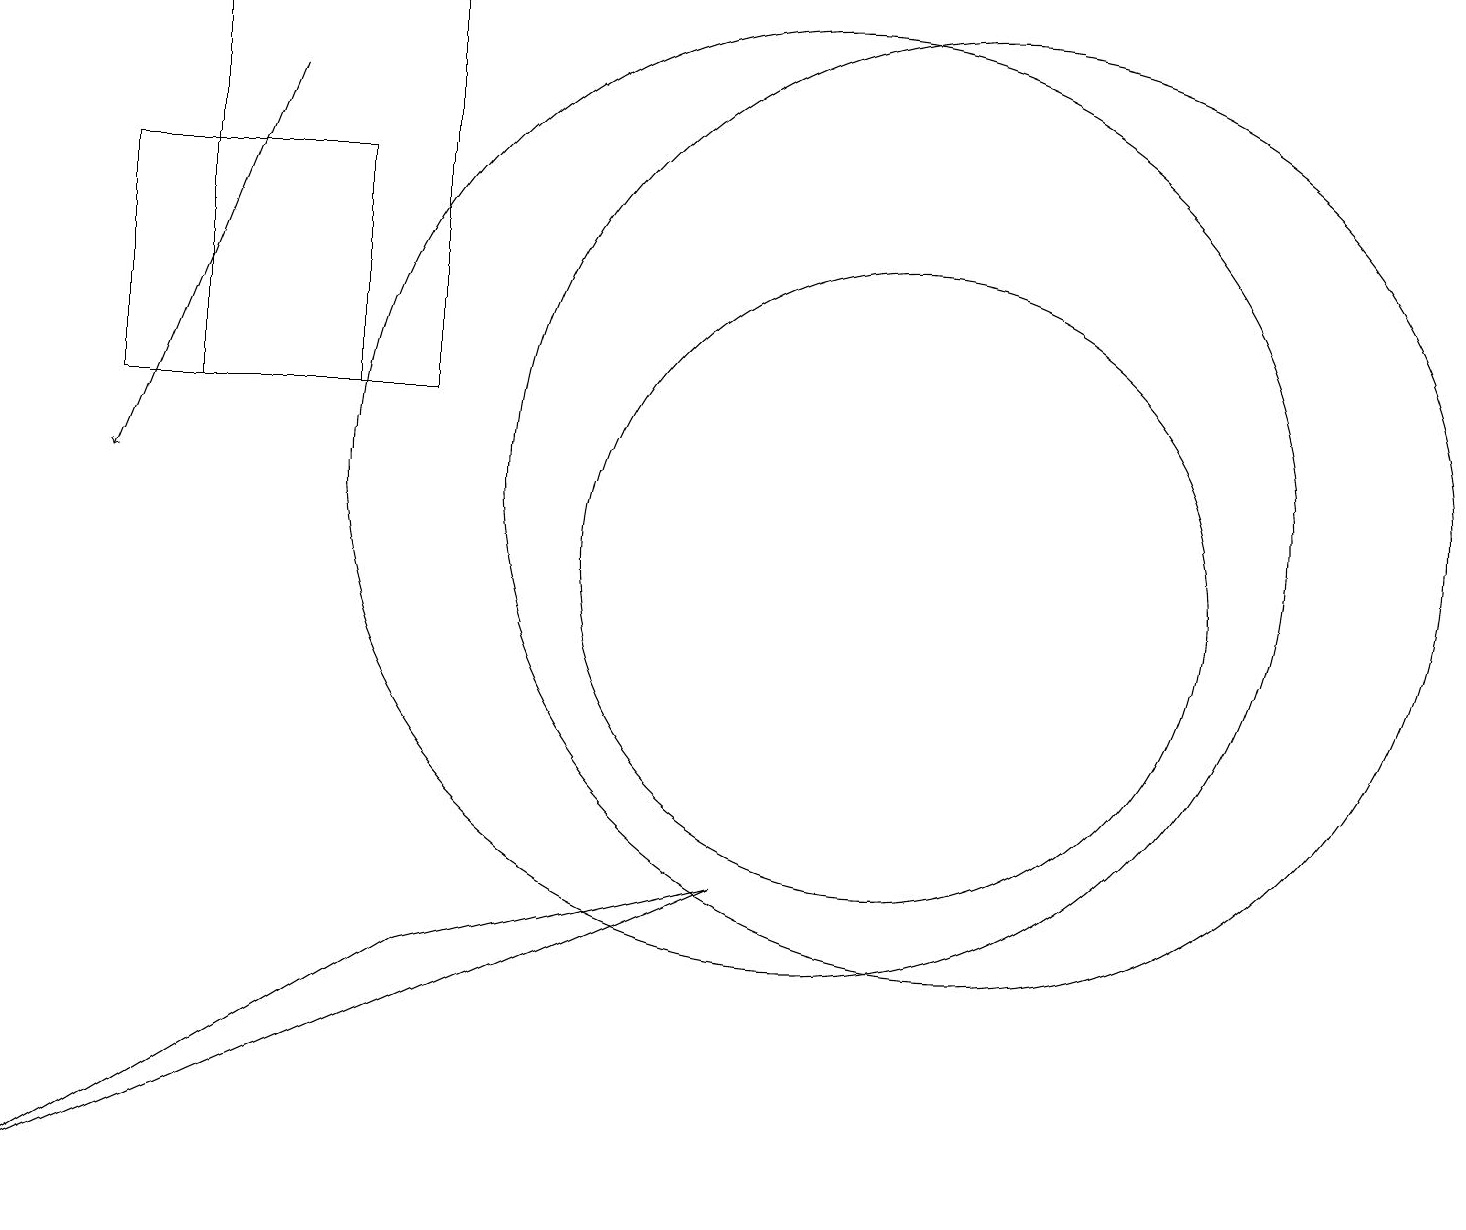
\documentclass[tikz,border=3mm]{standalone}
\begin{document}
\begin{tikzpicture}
\draw (10,11) circle (6);
\draw[->] (3,16) -- (1,11);
\draw (4,12) rectangle (1,15);
\draw (11,10) circle (4);
\draw (5,5) -- (9,6) -- (0,2) -- cycle;
\draw (2,17) rectangle (5,12);
\draw (12,11) circle (6);
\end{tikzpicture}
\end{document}